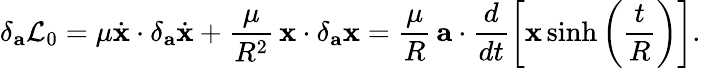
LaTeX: \delta_{\mathbf a}{\cal L}_{0}=\mu\dot{\mathbf x}\cdot\delta_{\mathbf a}\dot{\mathbf x}+\frac{\mu}{R^{2}}\, {\mathbf x}\cdot\delta_{\mathbf a}{\mathbf x}=\frac{\mu}{R}\, {\mathbf a}\cdot\frac{d}{dt}\left[{\mathbf x}\sinh\left(\frac{t}{R}\right)\right].